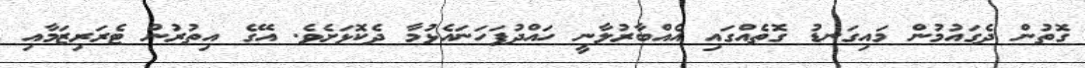
ގޮތުން ދެގައުމުން މައިގަނޑު ގޮތެއްގައި އެއްބާރުލާނީ ހައްދުފަހަނައެޅުމާ ދެކޮޅަށެވެ. އޭގެ އިތުރުން ޓެރަރިޒަމާއި